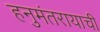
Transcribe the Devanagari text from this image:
हनुमंतरायाची